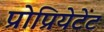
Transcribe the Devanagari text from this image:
प्रोप्रियेटेट